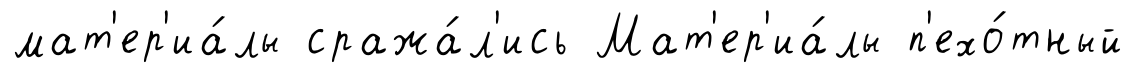
мат'ер'иа́лы сража́л'ись Мат'ер'иа́лы п'ехо́тный